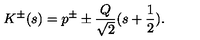
K ^ { \pm } ( s ) = p ^ { \pm } \pm \frac { Q } { \sqrt { 2 } } ( s + \frac { 1 } { 2 } ) .